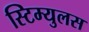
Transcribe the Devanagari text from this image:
स्टिम्युलस